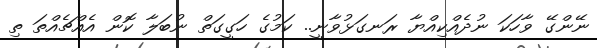
ނޭންގޭ ވާހަކަ ނުދެއްކިއްޔާ ރަނގަޅުވާނީ.. ކަމުގެ ހަގީގަތް ނުބަލާ ކޮން އެއްޗެއްތަ ތި